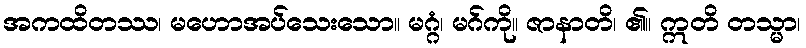
အကထိတဿ၊ မဟောအပ်သေးသော။ မဂ္ဂံ၊ မဂ်ကို။ ဇာနာတိ၊ ၏။ ဣတိ တသ္မာ၊